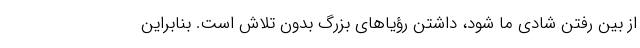
از بین رفتن شادی ما شود، داشتن رؤیاهای بزرگ بدون تلاش است. بنابراین